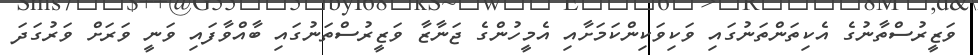
ވަޒީރުސްތާނުގެ އެކިތަންތަނުގައި ވަކިވަކިންކަމަށާއި އެމީހުންގެ ޖަނާޒާ ވަޒީރުސްތަނުގައި ބާއްވާފައި ވަނީ ވަރަށް ވަރުގަދަ